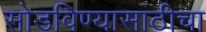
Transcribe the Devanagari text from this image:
सोडविण्यासाठीचा